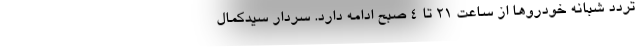
تردد شبانه خودروها از ساعت ۲۱ تا ۴ صبح ادامه دارد. سردار سیدکمال